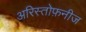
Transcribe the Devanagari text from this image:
अरिस्तोफ़नीज